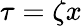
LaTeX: \tau=\zeta x